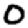
Digit: 0